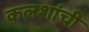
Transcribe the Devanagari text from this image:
कलशांची